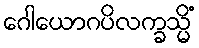
ဂေါယောဂပိလက္ခသ္မိံ